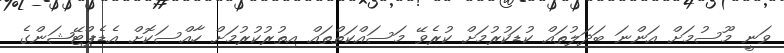
ވަނީ މޫސުމަށް އަންނަ ބަދަލުތައް ކުޑަކުރުމަށް ކުރެވޭ މަސައްކަތްތައް އިތުރުކުރުމަށް ހާއްސަކޮށް އެޑެޕްޓޭޝަންގެ